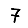
Digit: 7